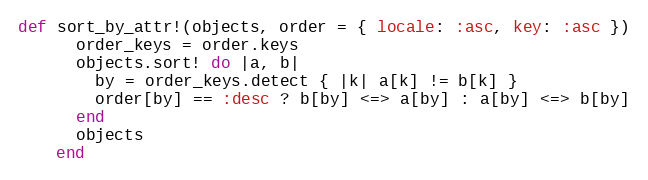
Language: Ruby
def sort_by_attr!(objects, order = { locale: :asc, key: :asc })
      order_keys = order.keys
      objects.sort! do |a, b|
        by = order_keys.detect { |k| a[k] != b[k] }
        order[by] == :desc ? b[by] <=> a[by] : a[by] <=> b[by]
      end
      objects
    end